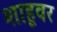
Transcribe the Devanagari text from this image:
शाहूवर